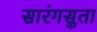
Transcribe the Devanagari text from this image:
सारंगसुता